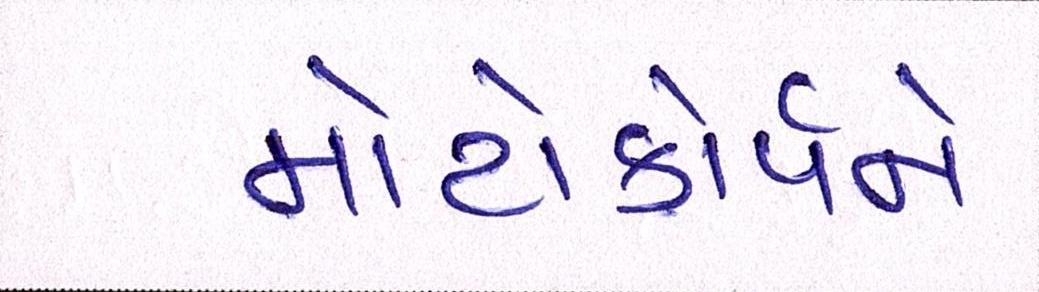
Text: મોટોકોર્પને